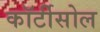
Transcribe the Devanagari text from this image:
कॉर्टीसोल